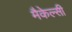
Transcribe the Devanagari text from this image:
मैकेल्सी